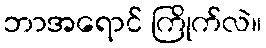
ဘာအရောင် ကြိုက်လဲ။